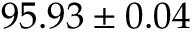
9 5 . 9 3 \pm 0 . 0 4